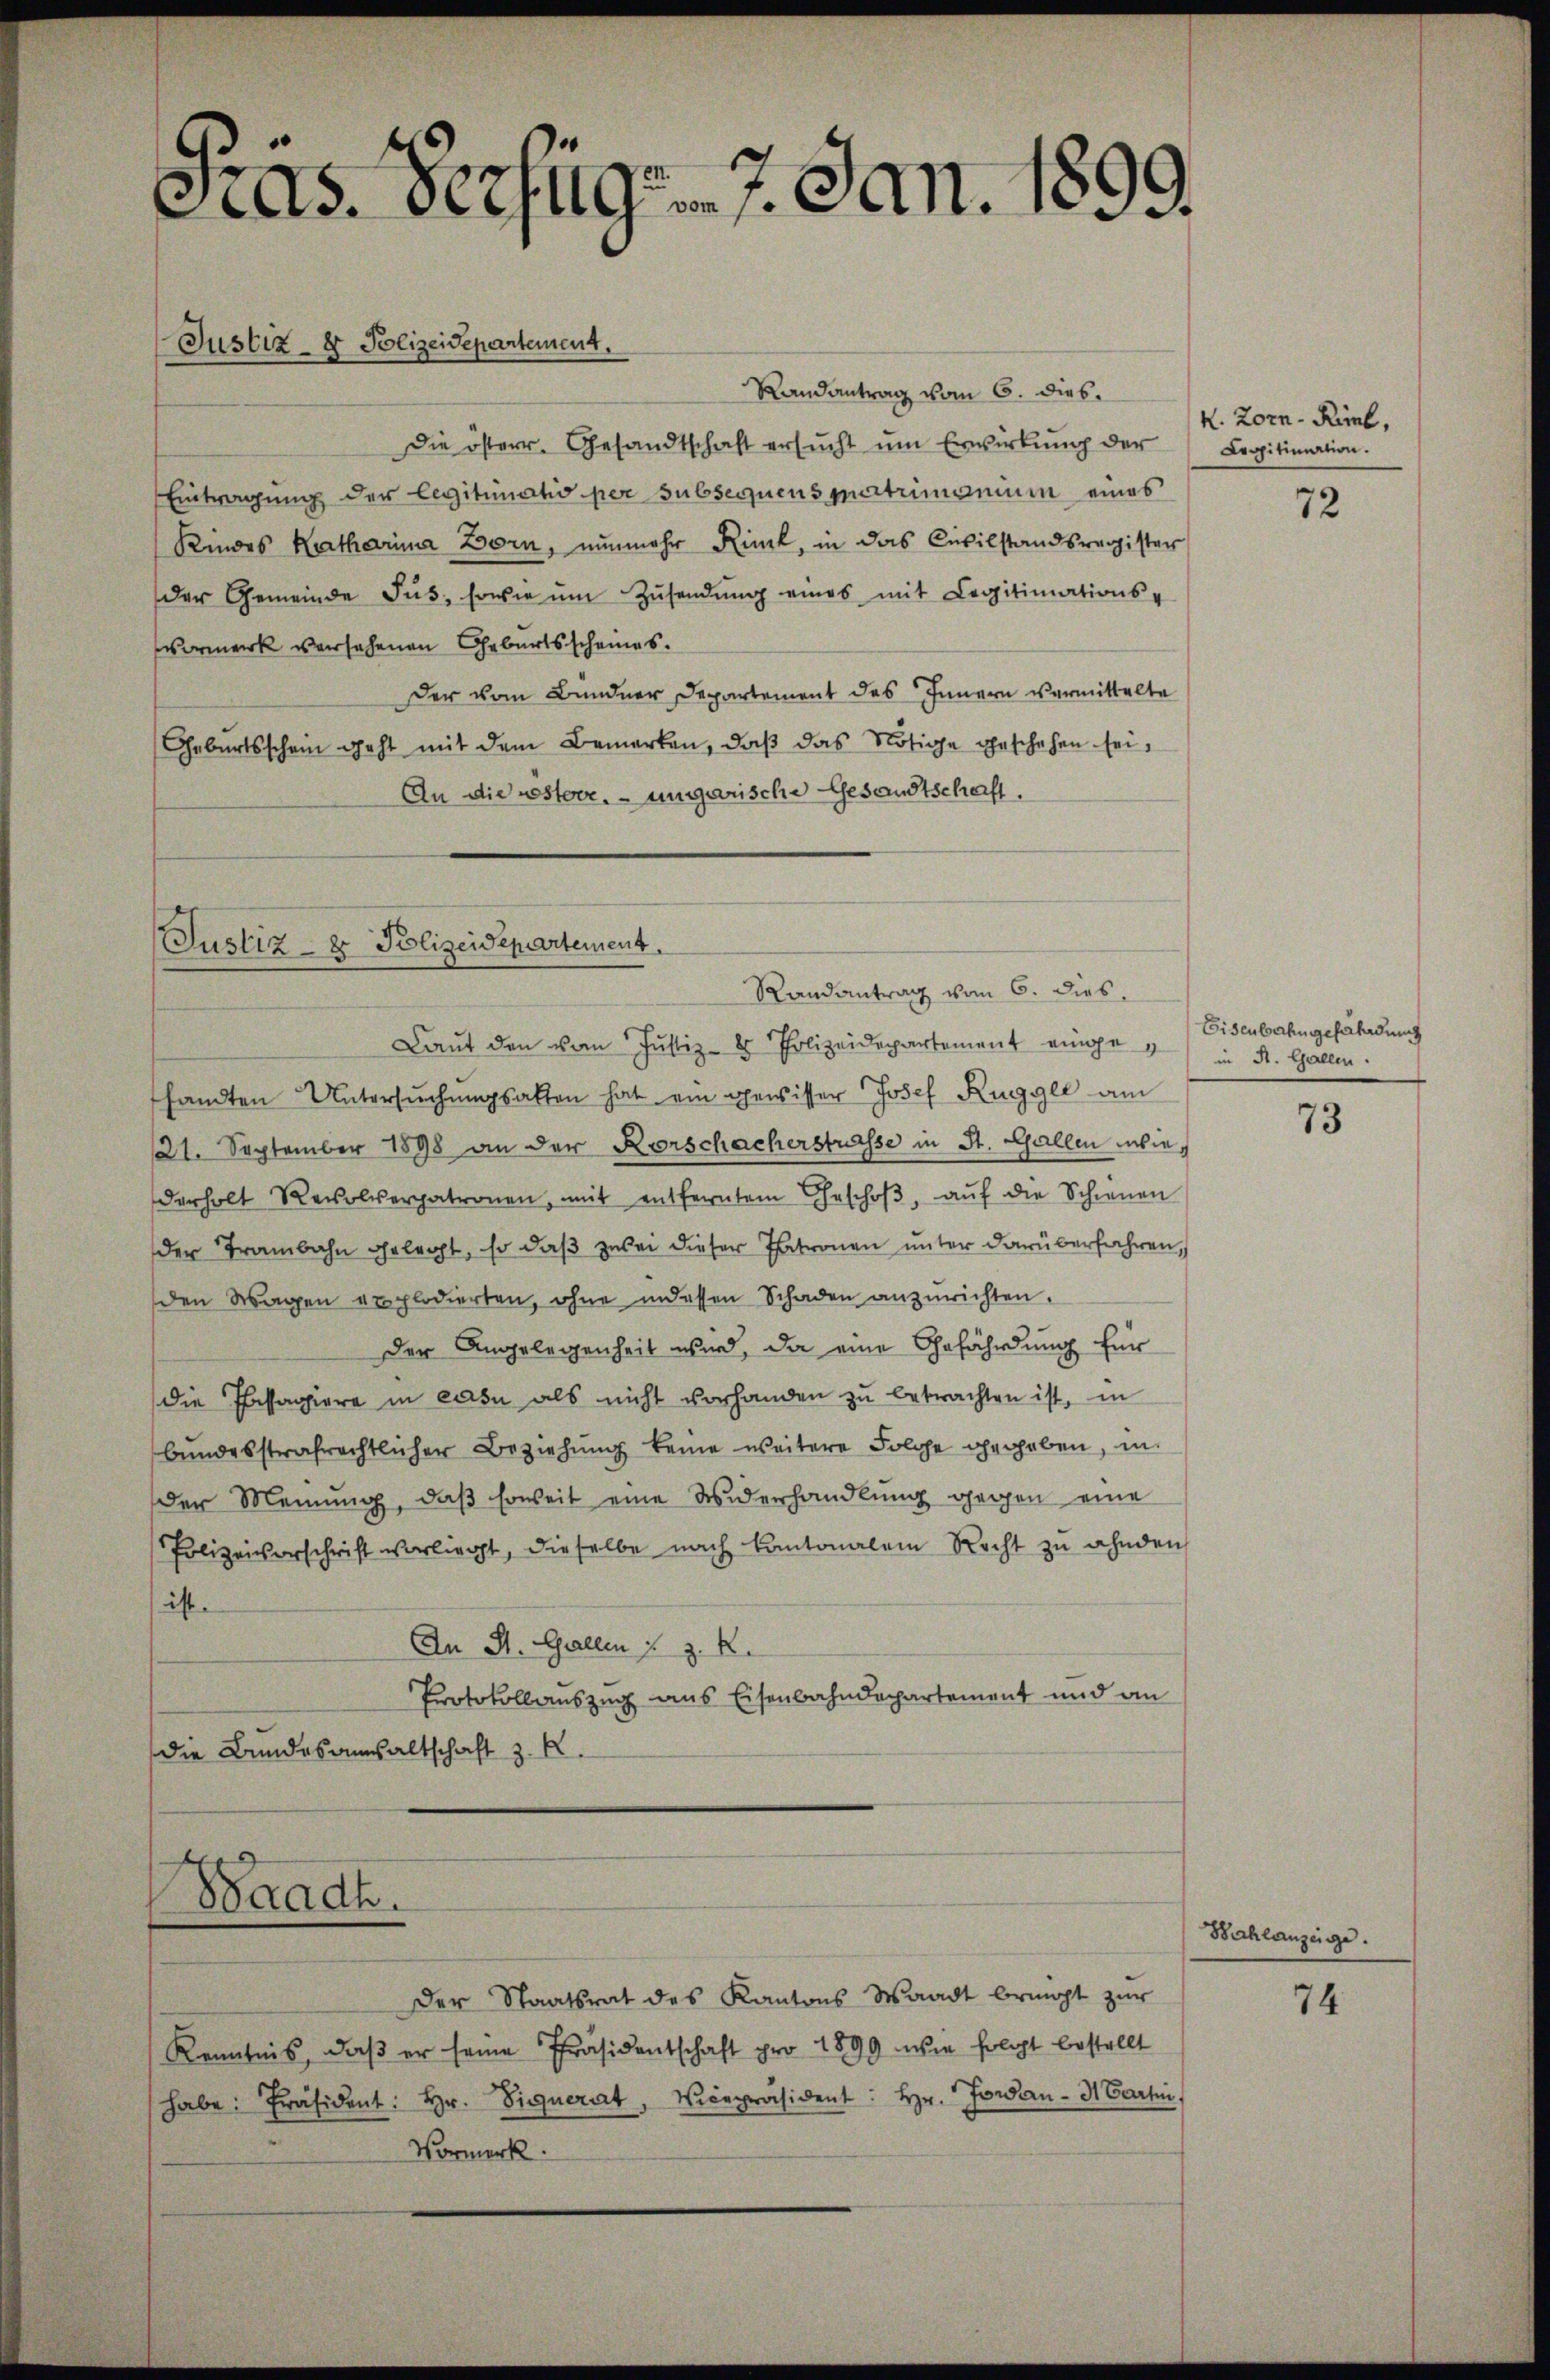
as. Verzugs 7. Jan. 1899.

Randantrag vom 6. dies
Die österr. Gesandtschaft ersŭcht ŭm Erwirkung der
Eintragung der legitimatio per subsequens patrimonium eines
Kindes Katharina Born, nunmehr Rück, in das Civilstandsregister
der Gemeinde Fŭs, sowie ŭm Zŭsendŭng eines mit Legitimations-
ormerk versehenen Geburtsscheines.
Der vom Bundner Departement des Innern vermittelte
Geburtsschein geht mit dem Bemerken, daβ das Nötige Eheschehen sei,
An die nesterr. ungarische Gesandtschaft.

Justiz- & Polizeidepartement.

Justiz- & Polizeidepartement.

Waadt.

Laut den vom Justiz- & Polizeidepartement eingen in St. Gallen.
sandten Untersŭchŭngsakten hat ein gewisser Josef Ruggli am
121. September 1898 an der Korschacherstrasse in St. Gallen wiederholt Resolverpatronen, mit entferntem Geschoβ, aŭf die Schienen
der Trambahn gelegt, so daß zwei dieser Patronen unter darüberfahren,
den Wagen explodierten, ohne indessen Schaden anzurichten.
der Angelegenheit wird, da eine Gefährdung für
die Passagiere in ein als nicht vorhanden zu betrachten ist, in
bŭndesstrafrechtlicher Beziehŭng keine weitere Folge gegeben, in
der Meinung, daβ soweit eine Widerhandlung gegen eine
Polizeivorschrift vorliegt, dieselbe nach Kantonalen Recht zu ahnden
ist.
An St. Gallen u. z. R.
Protokollauszug aus Eisenbahndepartement und an
die Bundesausaltschaft z. R.

Der Staatsrat des Kantons Waadt bringt zur
Kenntnis, daß er seine Präsidentschaft pro 1899 wie folgt bestellt
habe: Präsident: Hr. Signerat, Vicepräsident: Hr. Jowan - Martin.
Vormerk

Randantrag vom 6. dies

K. Zorn-Rimel,
Legitimation.

72

Eisenbahn gefährdung

73

Bahlanzeige.

74